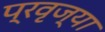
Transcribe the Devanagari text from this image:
प्रवृज्या